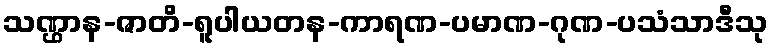
သဏ္ဌာန-ဇာတိ-ရူပါယတန-ကာရဏ-ပမာဏ-ဂုဏ-ပသံသာဒီသု